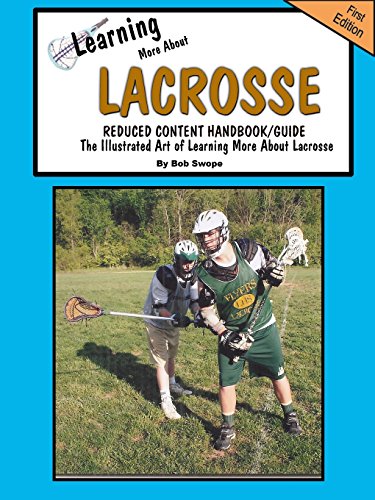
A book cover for Learning More About Lacrosse Handbook/Guide; Bob Swope; Sports & Outdoors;